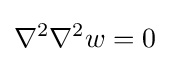
\nabla ^{2}\nabla ^{2}w=0